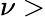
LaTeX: \nu>